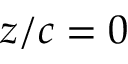
z / c = 0